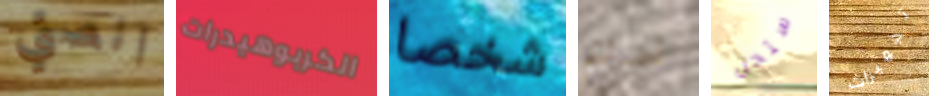
انصتي الكربوهيدرات شخصا تحدثتم ستحل تجهيزات